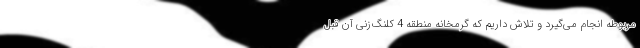
مربوطه انجام می‌گیرد و تلاش داریم که گرمخانه منطقه 4 کلنگ‌زنی آن قبل